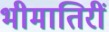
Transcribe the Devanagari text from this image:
भीमातिरीं